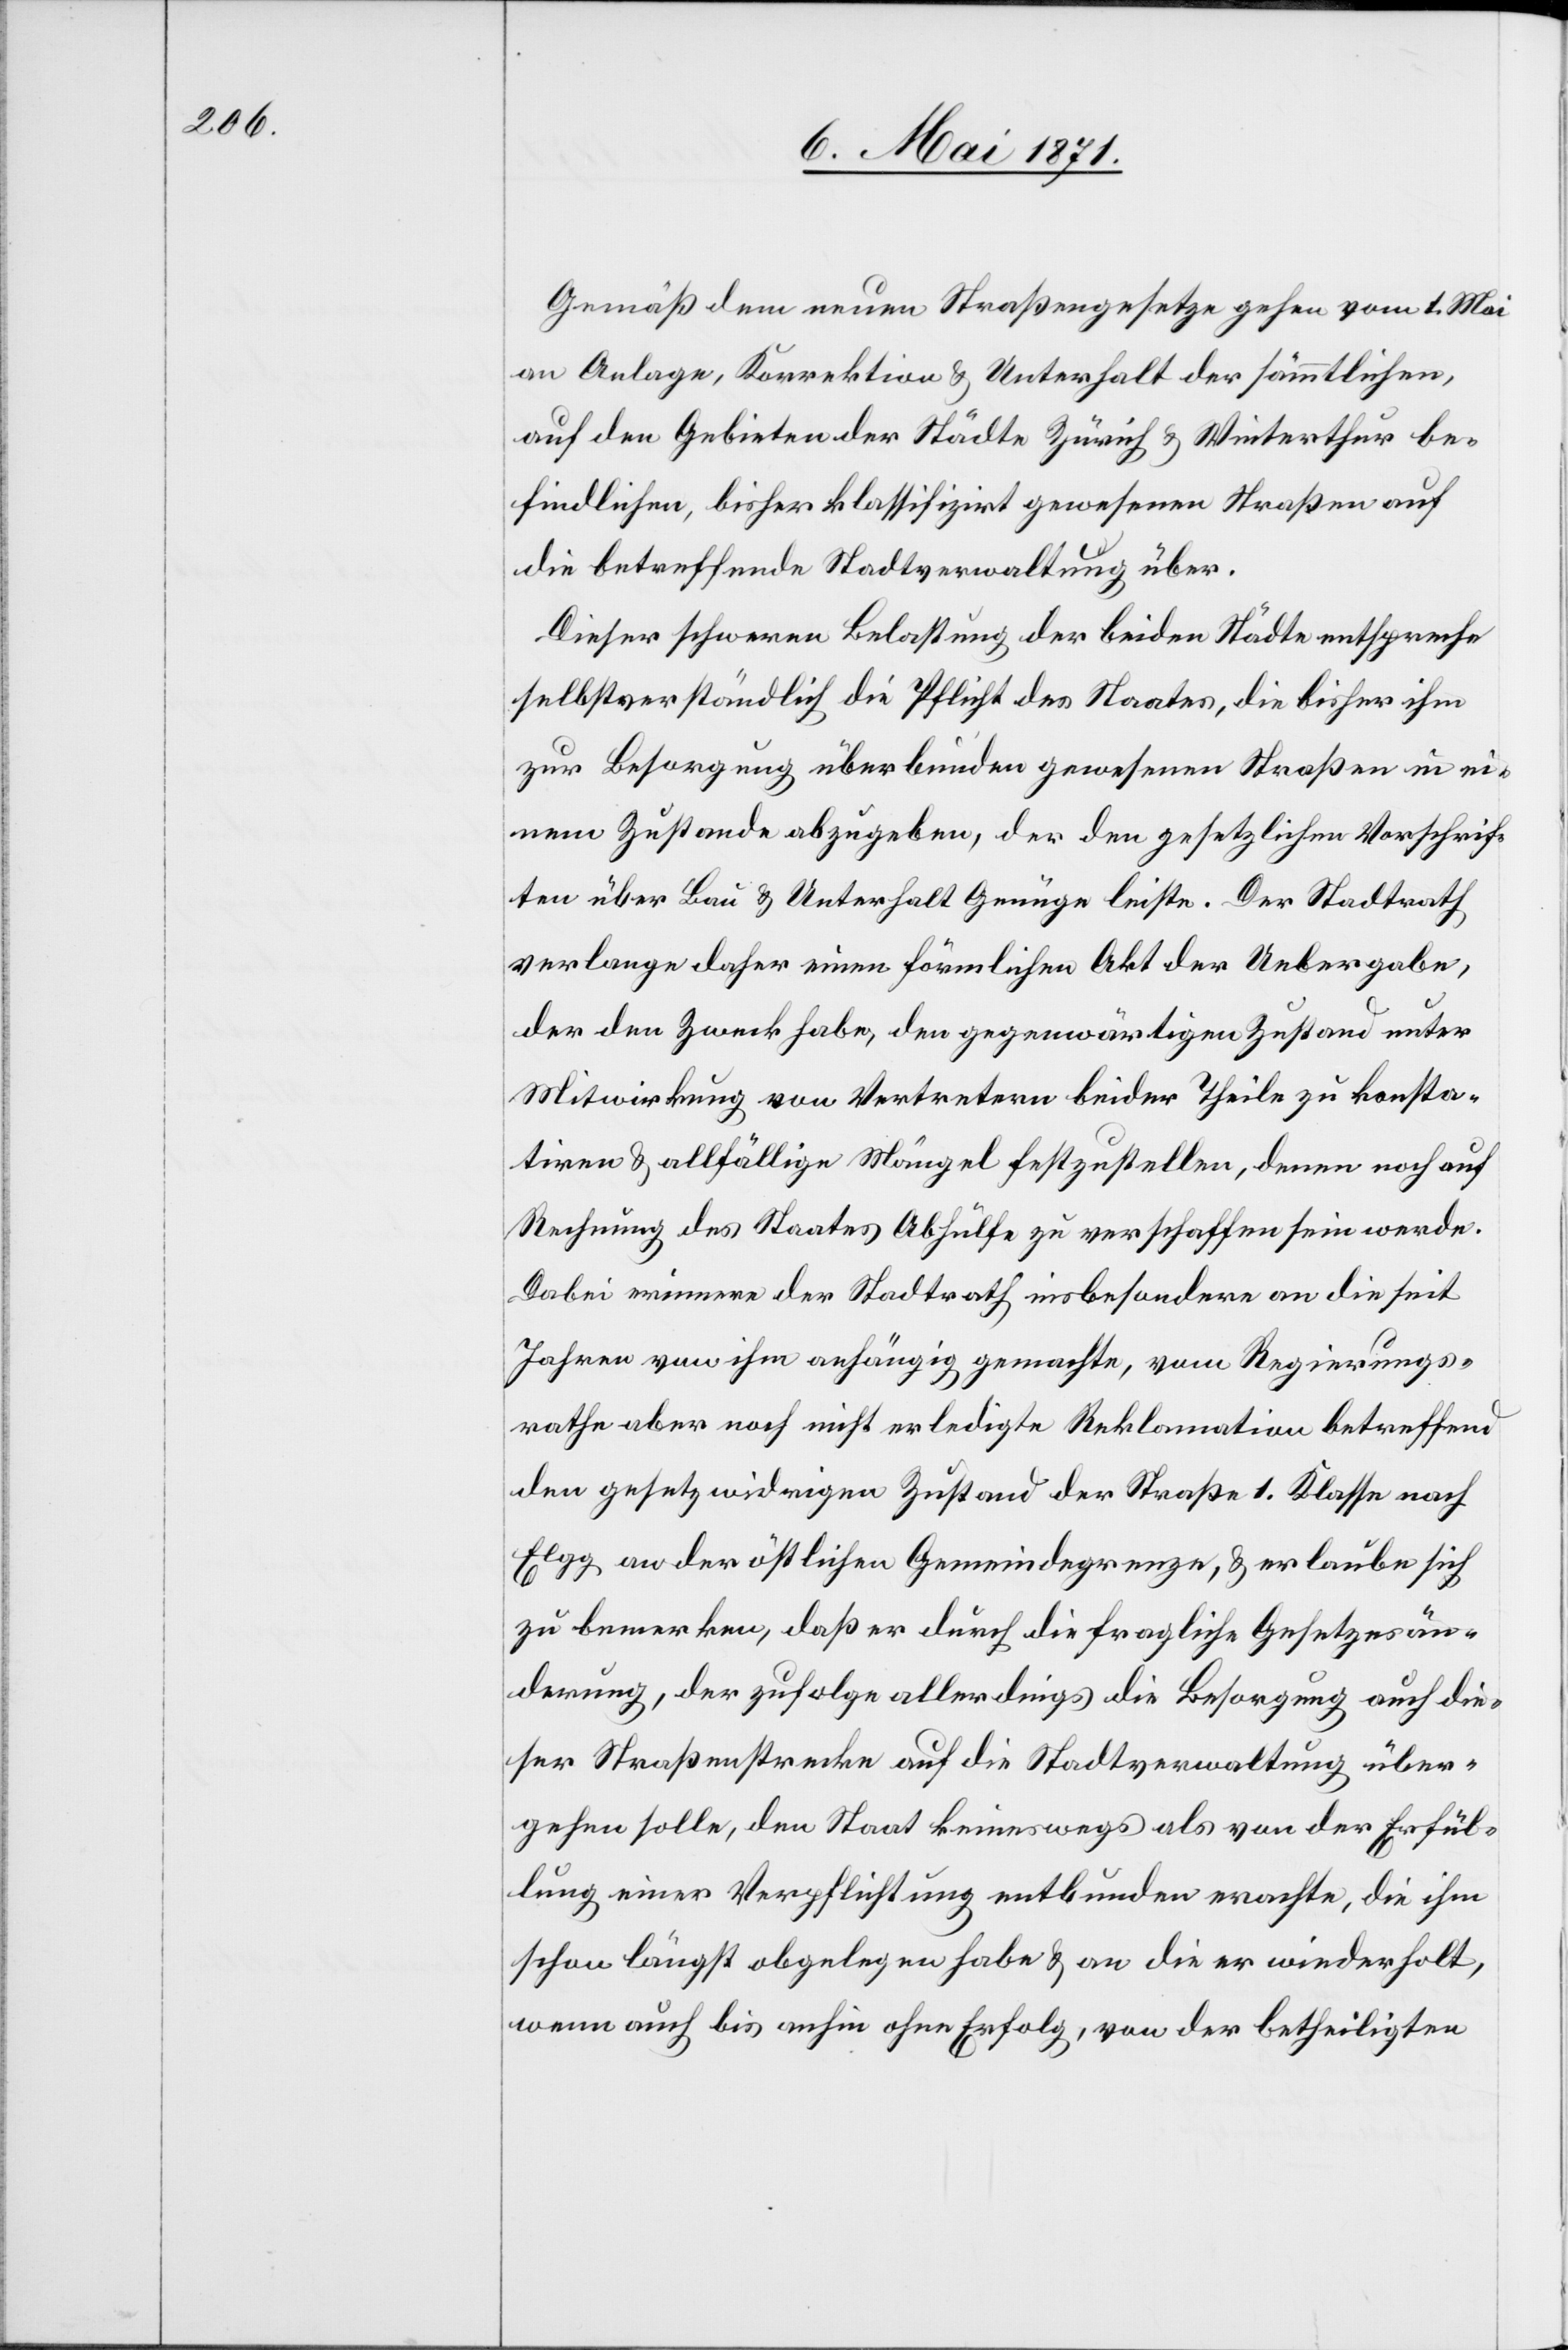
Gemäß dem neuen Straßengesetze gehen vom 1. Mai
an Anlage, Korrektion u. Unterhalt der sämmtlichen,
auf den Gebieten der Städte Zürich u. Winterthur be¬
findlichen, bisher klassifizirt gewesenen Straßen auf
die betreffende Stadtverwaltung über.
Dieser schweren Belastung der beiden Städte entspreche
selbstverständlich die Pflicht des Staates, die bisher ihm
zur Besorgung überbunden gewesenen Straßen in ei¬
nem Zustande abzugeben, der den gesetzlichen Vorschrif¬
ten über Bau u. Unterhalt Genüge leiste. Der Stadtrath
verlange daher einen förmlichen Akt der Uebergabe,
der den Zweck habe, den gegenwärtigen Zustand unter
Mitwirkung von Vertretern beider Theile zu konsta¬
tiren u. allfällige Mängel festzustellen, denen noch auf
Rechnung des Staates Abhülfte zu verschaffen sein werde.
Dabei erinnere der Stadtrath insbesondere an die seit
Jahren von ihm anhängig gemachte, vom Regierungs¬
rathe aber noch nicht erledigte Reklamation betreffend
den gesetzwidrigen Zustand der Straße 1. Klasse nach
Elgg an der östlichen Gemeindegrenze, u. erlaube sich
zu bemerken, daß er durch die fragliche Gesetzesän¬
derung, der zufolge allerdings die Besorgung auch die¬
ser Straßenstrecke auf die Stadtverwaltung über¬
gehen solle, den Staat keineswegs als von der Erfül¬
lung einer Verpflichtung entbunden erachte, die ihm
schon längst abgelegen habe u. an die er wiederholt,
wenn auch bis anhin ohne Erfolg, von der betheiligten